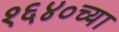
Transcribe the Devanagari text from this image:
१६४०च्या